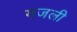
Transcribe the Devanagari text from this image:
गजली